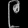
Digit: ၉